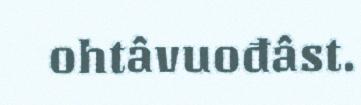
ohtâvuođâst.